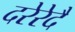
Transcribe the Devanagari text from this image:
दरेरेदै